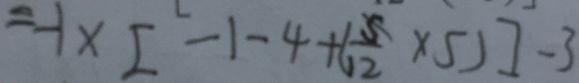
= - 1 \times [ - 1 - 4 + ( \frac { 5 } { 1 2 } \times 5 ) ] - 3